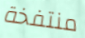
منتفخة